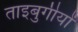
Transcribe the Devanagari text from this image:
ताइबुगीयों